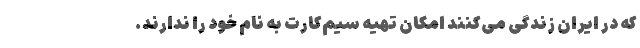
که در ایران زندگی می‌کنند امکان تهیه سیم‌کارت به نام خود را ندارند.